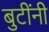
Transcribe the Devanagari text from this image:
बुटींनी